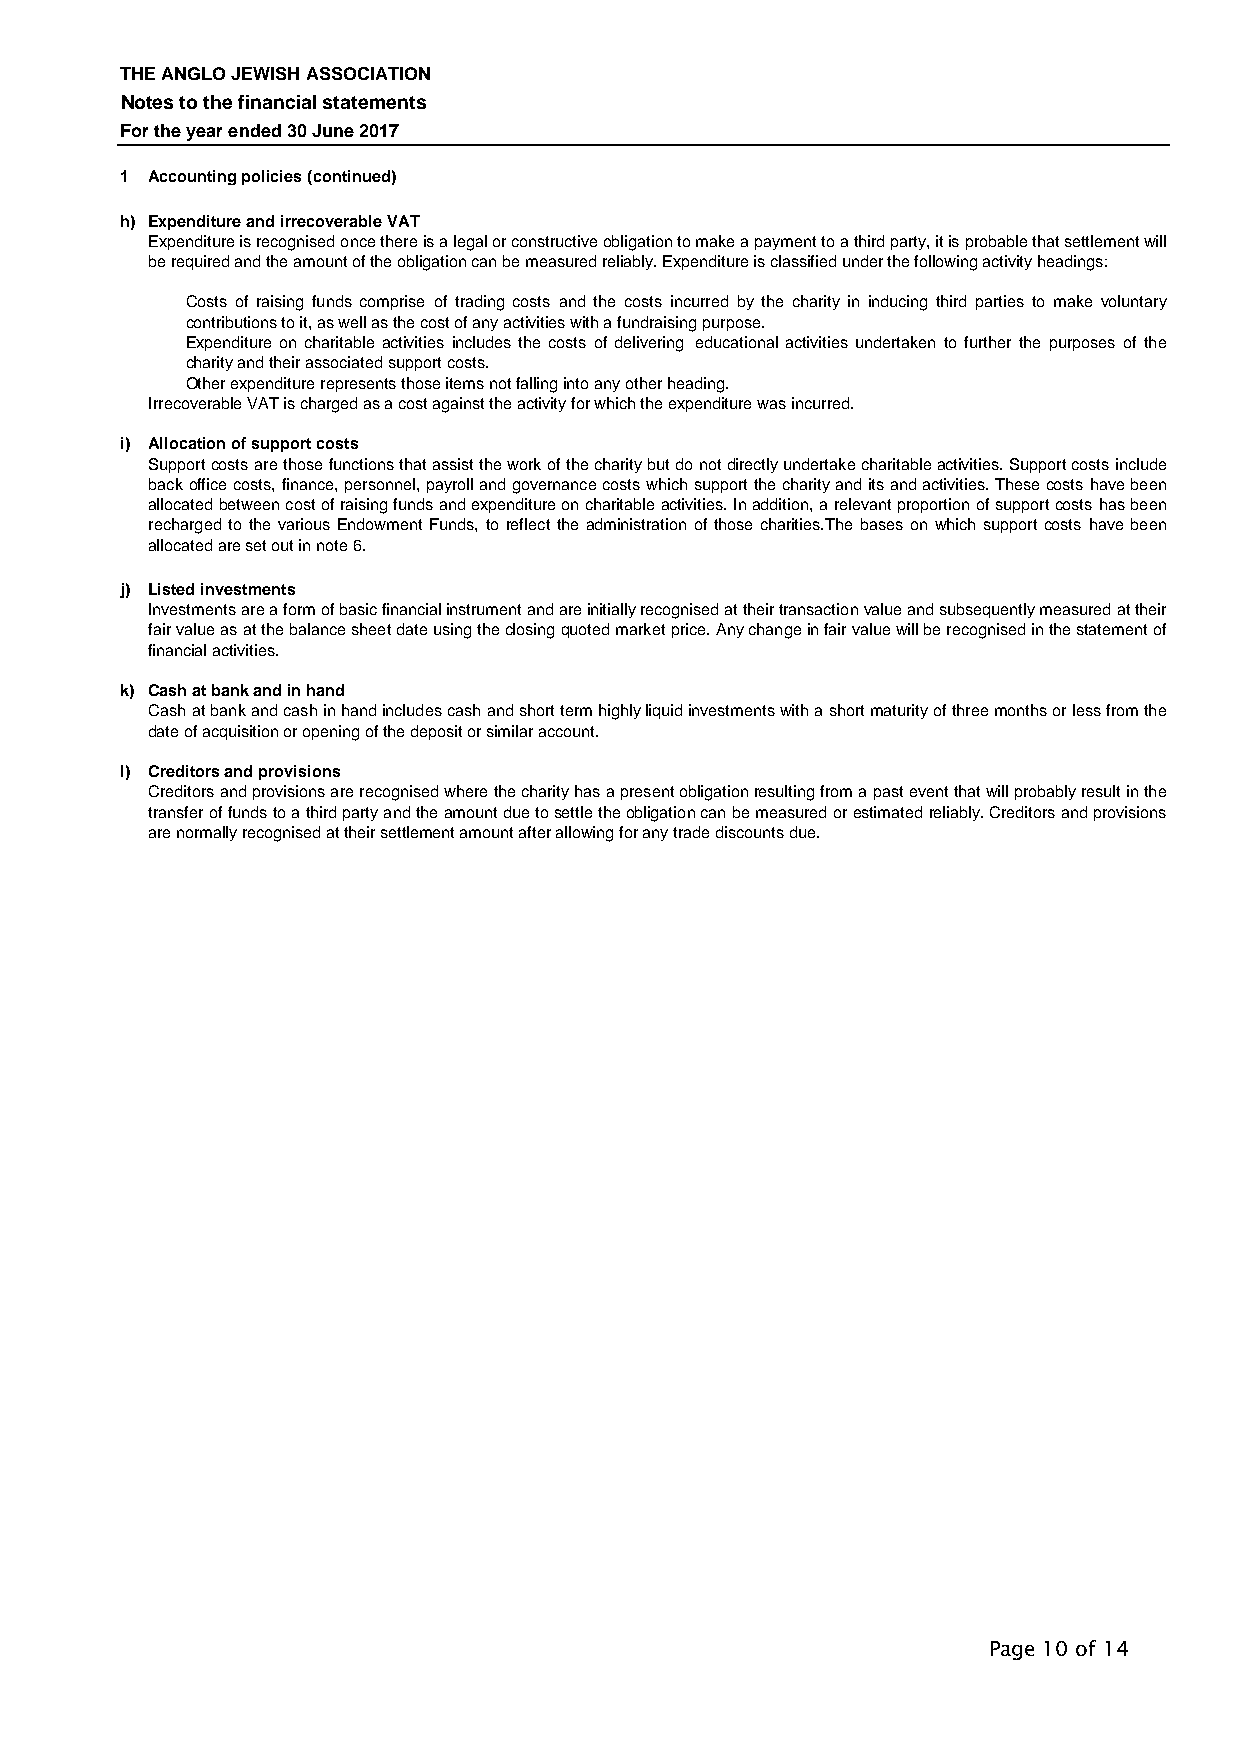
THE ANGLO JEWISH ASSOCIATION
 Notes to the financial statements
 For the year ended 30 June 2017
 1 Accounting policies (continued)
 h) Expenditure and irrecoverable VAT
 Expenditureisrecognisedoncethereisalegalorconstructiveobligationtomakeapaymenttoathirdparty,itisprobablethatsettlementwill
 be required and the amount of the obligation can be measured reliably. Expenditure is classified under the following activity headings:
 ● Costs of raising funds comprise of trading costs and the costs incurred by the charity in inducing third parties to make voluntary
 contributions to it, as well as the cost of any activities with a fundraising purpose.
 ● Expenditure on charitable activities includes the costs of delivering educational activities undertaken to further the purposes of the
 charity and their associated support costs.
 ● Other expenditure represents those items not falling into any other heading.
 Irrecoverable VAT is charged as a cost against the activity for which the expenditure was incurred.
 i) Allocation of support costs
 Supportcostsarethosefunctionsthatassisttheworkofthecharitybutdonotdirectlyundertakecharitableactivities.Supportcostsinclude
 backofficecosts,finance,personnel,payrollandgovernancecostswhichsupportthecharityanditsandactivities.Thesecostshavebeen
 allocatedbetweencostofraisingfundsandexpenditureoncharitableactivities.Inaddition,arelevantproportionofsupportcostshasbeen
 recharged to the various Endowment Funds, to reflect the administration of those charities.The bases on which support costs have been
 allocated are set out in note 6.
 j) Listed investments
 Investmentsareaformofbasicfinancialinstrumentandareinitiallyrecognisedattheirtransactionvalueandsubsequentlymeasuredattheir
 fairvalueasatthebalancesheetdateusingtheclosingquotedmarketprice.Anychangeinfairvaluewillberecognisedinthestatementof
 financial activities.
 k) Cash at bank and in hand
 Cashatbankandcashinhandincludescashandshorttermhighlyliquidinvestmentswithashortmaturityofthreemonthsorlessfromthe
 date of acquisition or opening of the deposit or similar account.
 l) Creditors and provisions
 Creditorsandprovisionsarerecognisedwherethecharityhasapresentobligationresultingfromapasteventthatwillprobablyresultinthe
 transferoffundstoathirdpartyandtheamountduetosettletheobligationcanbemeasuredorestimatedreliably.Creditorsandprovisions
 are normally recognised at their settlement amount after allowing for any trade discounts due.
 Page 10 of 14